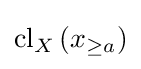
{\textstyle \operatorname {cl} _{X}\left(x_{\geq a}\right)}